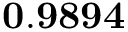
\mathbf { 0 . 9 8 9 4 }